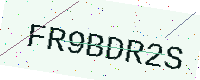
Text: FR9BDR2S